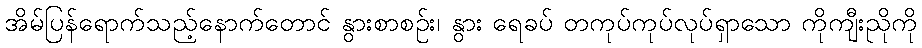
အိမ်ပြန်ရောက်သည့်နောက်တောင် နွားစာစဉ်း၊ နွား ရေခပ် တကုပ်ကုပ်လုပ်ရှာသော ကိုကျီးညိုကို